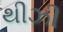
થીઝી